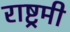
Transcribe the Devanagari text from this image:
राष्ट्रमी